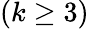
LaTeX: \left(k\geq 3\right)